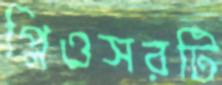
প্লিওসরটি